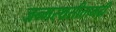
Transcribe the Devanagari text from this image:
जन्मस्थसीतामढ़ी